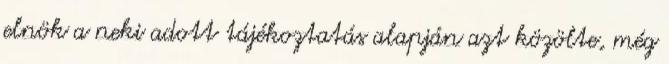
elnök a neki adott tájékoztatás alapján azt közölte, még